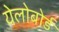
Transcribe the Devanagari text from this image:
येलोबोर्ड